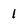
Character: 1